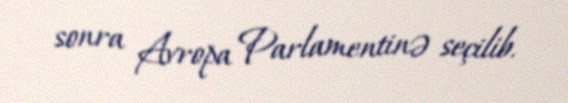
sonra Avropa Parlamentinə seçilib.